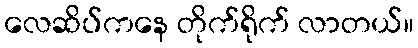
လေဆိပ်ကနေ တိုက်ရိုက် လာတယ်။